38_143685_box7_Incident_Summaries_1-100
Agency: Department of War
Page 19
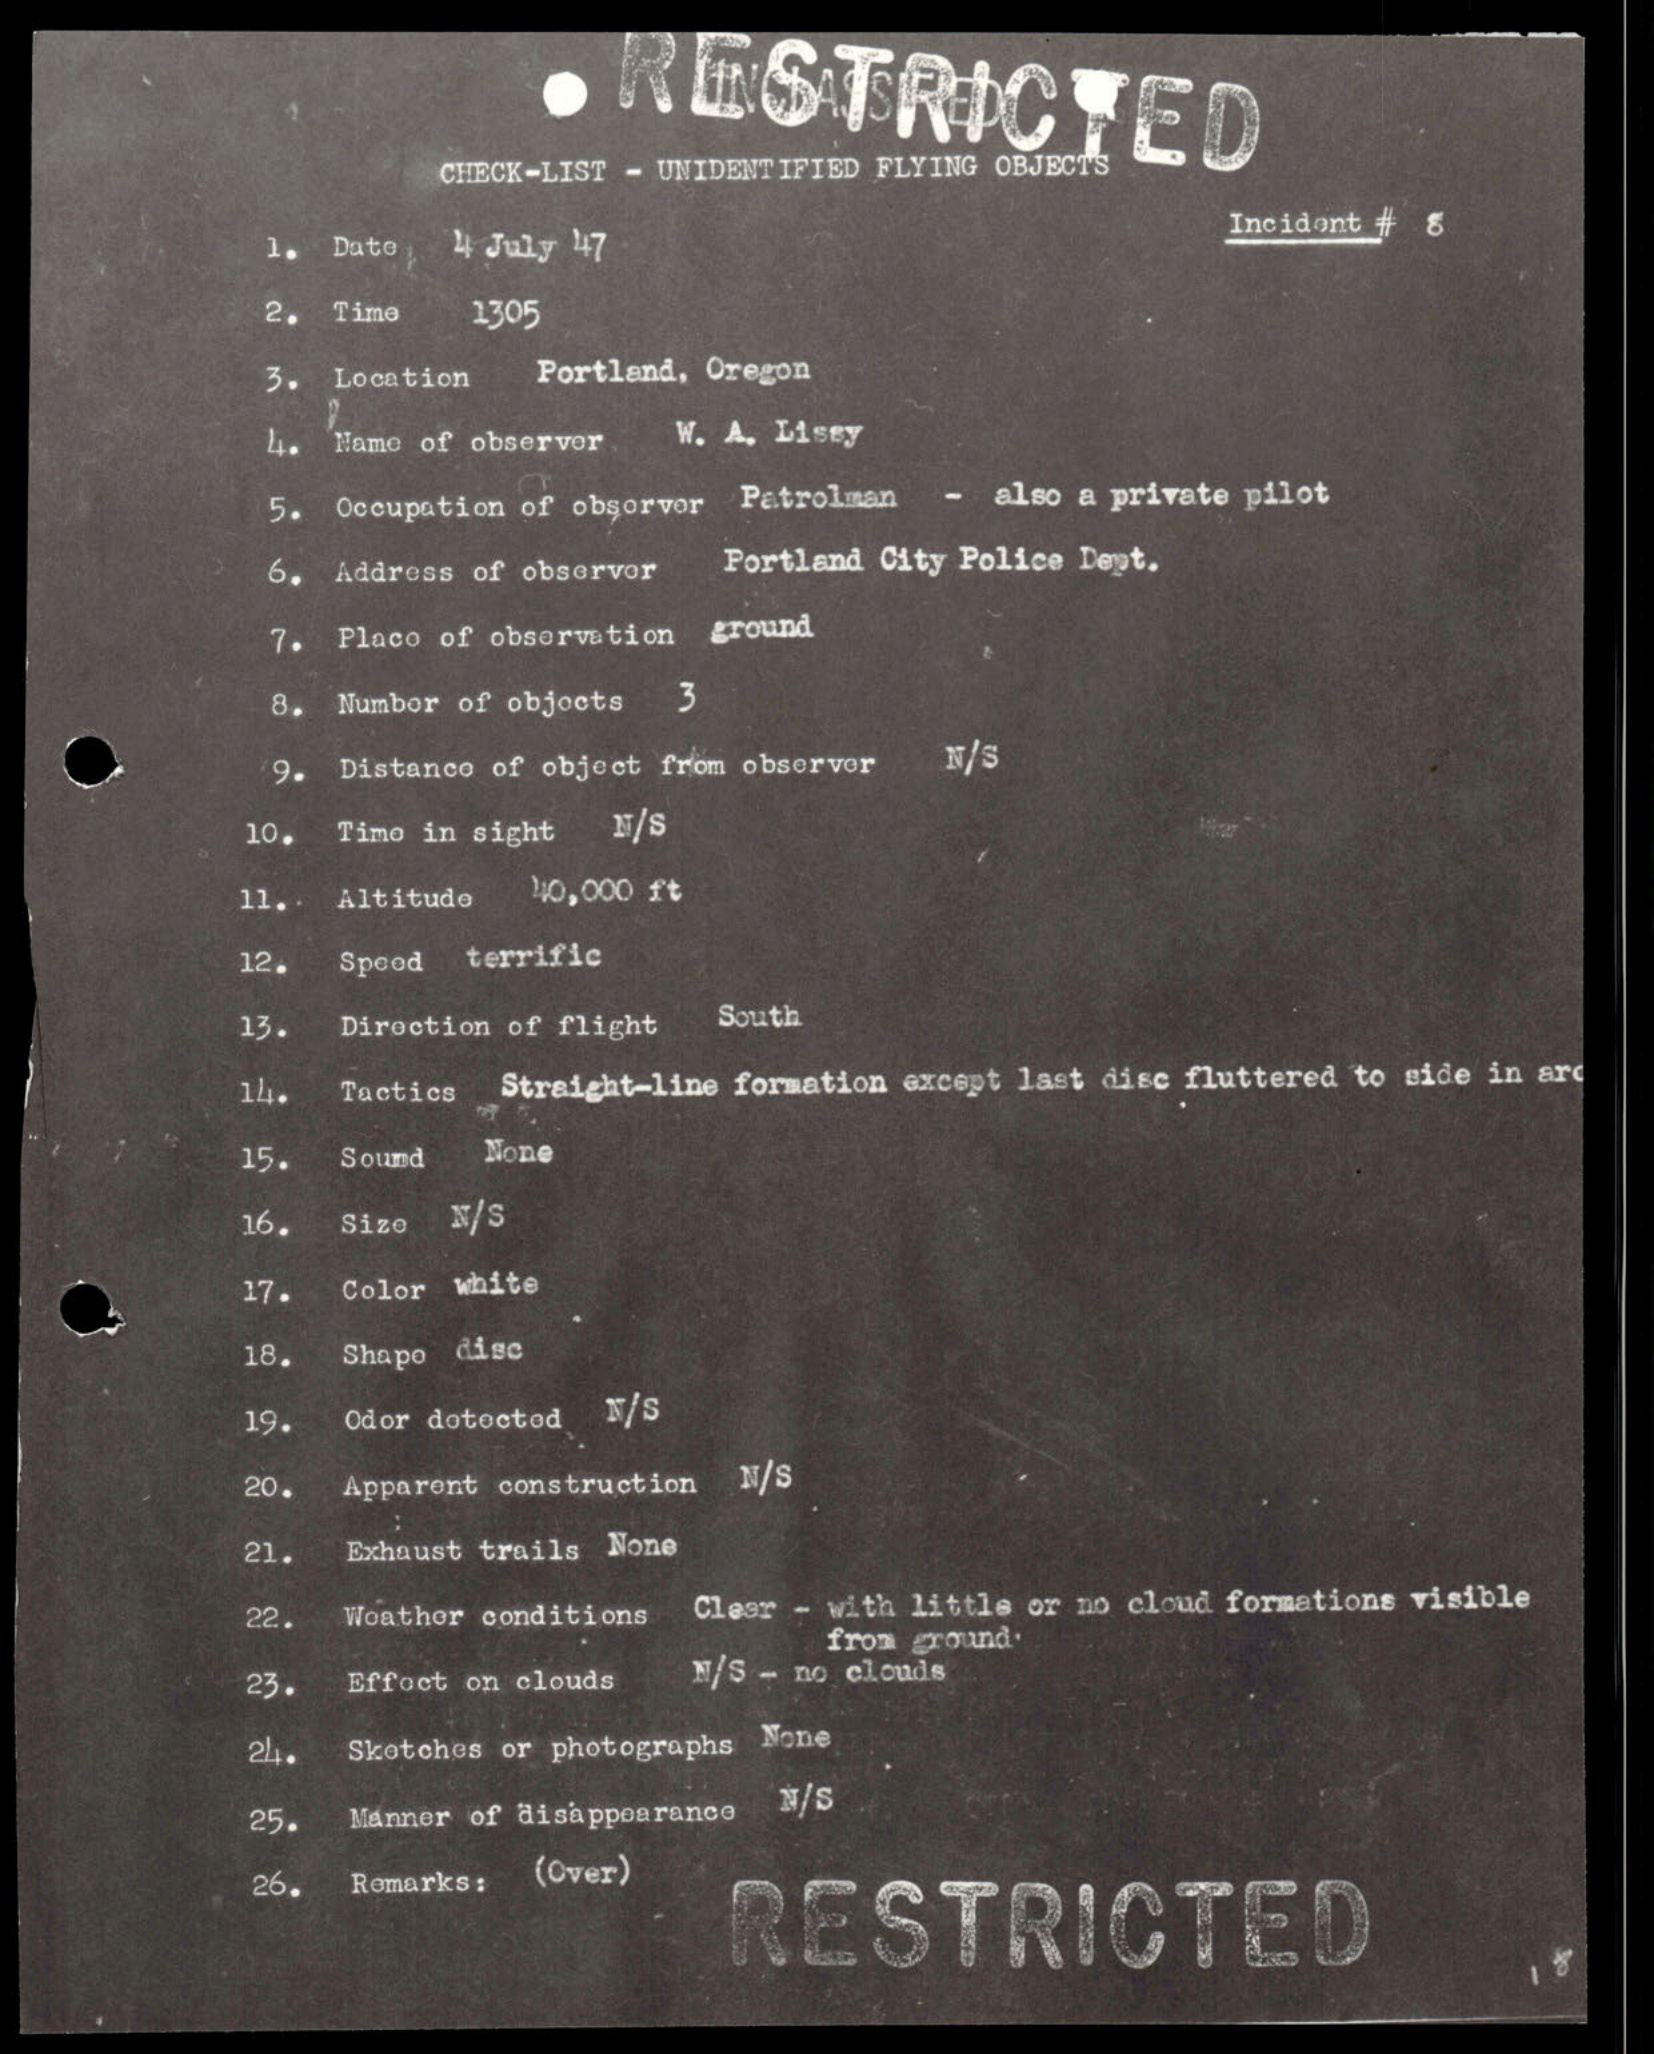